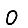
Digit: 0